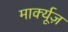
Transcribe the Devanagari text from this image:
मार्क्यूज़